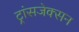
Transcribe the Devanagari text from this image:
ट्रांसजेक्सन